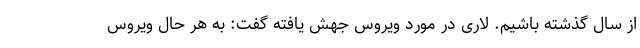
از سال گذشته باشیم. لاری در مورد ویروس جهش یافته گفت: به هر حال ویروس